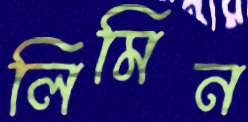
লিমিন